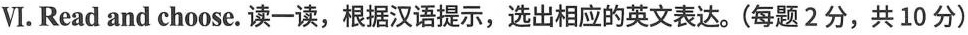
Ⅵ. Read and choose. 读-读,根据汉语提示,选出相应的英文表达。(每题 2 分,共 10 分)